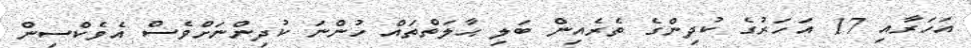
އަހަރާއި 17 އަހަރުގެ ކުދިންގެ ތެރެއިން ބަލި ޙާލަތްތައް ހުންނަ ކުދިންނަށްވެސް އެވެކްސިން